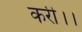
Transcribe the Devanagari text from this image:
करी।।